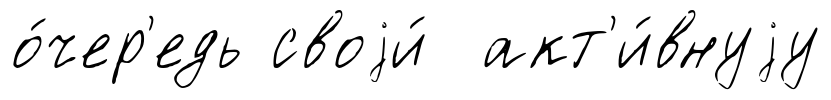
о́чер'едь своjи́ акт'и́внуjу